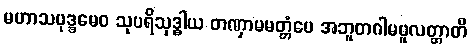
မဟာသမုဒ္ဒမေဝ သုပရိသုဒ္ဓါယ တဏှာမမတ္တံပေ အဘူတဂါမမူလတ္တာတိ